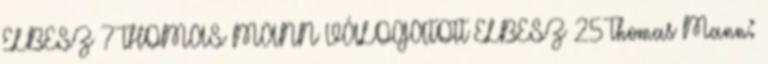
ELBESZ 7 THOMAS MANN VÁLOGATOTT ELBESZ 25 Thomas Mann: